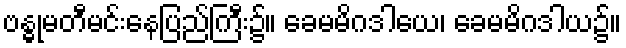
ဗန္ဓုမတီမင်းနေပြည်ကြီး၌။ ခေမမိဂဒါယေ၊ ခေမမိဂဒါယ၌။